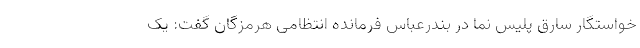
خواستگار سارق پلیس نما در بندرعباس فرمانده انتظامی هرمزگان گفت: یک